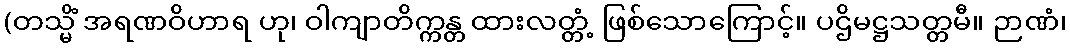
(တသ္မိံ အရဏဝိဟာရ ဟု၊ ဝါကျာတိက္ကန္တ ထားလတ္တံ့ ဖြစ်သောကြောင့်။ ပဌိမဋ္ဌသတ္တမီ။ ဉာဏံ၊